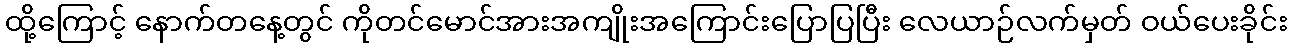
ထို့ကြောင့် နောက်တနေ့တွင် ကိုတင်မောင်အားအကျိုးအကြောင်းပြောပြပြီး လေယာဉ်လက်မှတ် ဝယ်ပေးခိုင်း